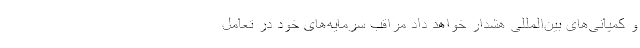
و کمپانی‌های بین‌المللی هشدار خواهد داد مراقب سرمایه‌های خود در تعامل